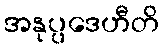
အနုပ္ပဒေဟီတိ